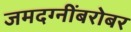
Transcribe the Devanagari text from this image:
जमदग्नींबरोबर